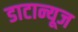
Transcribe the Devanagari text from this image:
डाटान्यूज